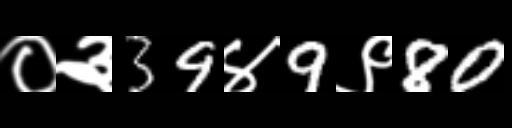
Text: ०३39४9९80